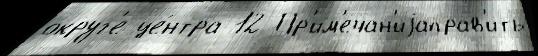
округ'е це́нтра 12 Пр'им'ечан'иjаправ'ить